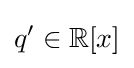
q^{\prime }\in \mathbb {R} [x]